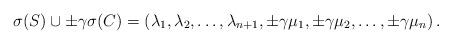
LaTeX: \begin{align*}\sigma(S)\cup \pm\gamma\sigma(C)=\left( \lambda_{1},\lambda_{2},\ldots,\lambda_{n+1},\pm\gamma\mu_{1},\pm\gamma\mu_{2},\ldots,\pm\gamma\mu_{n}\right) .\end{align*}